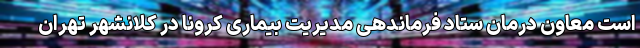
است معاون درمان ستاد فرماندهی مدیریت بیماری کرونا در کلانشهر تهران